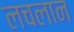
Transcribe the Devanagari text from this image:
लचलान